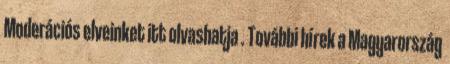
Moderációs elveinket itt olvashatja . További hírek a Magyarország